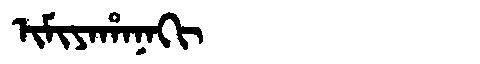
Manchu: ᡳᠮᡳᠶᠠᡥᠠᠨᠠᡴᡳ
Romanization: IMIYAHANAKI